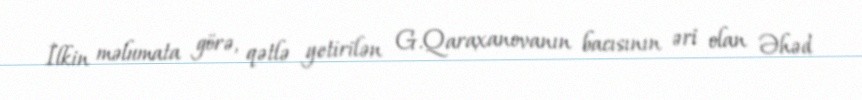
İlkin məlumata görə, qətlə yetirilən G.Qaraxanovanın bacısının əri olan Əhəd